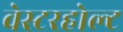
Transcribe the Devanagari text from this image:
वेस्टरहोल्ट